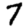
Digit: 7